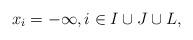
LaTeX: \begin{align*}x_i=-\infty, i\in I\cup J\cup L,\end{align*}